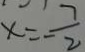
x = - \frac { 7 } { 2 }